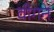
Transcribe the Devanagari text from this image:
वीगन